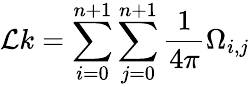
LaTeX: \mathcal{L}k=\sum_{i=0}^{n+1}\sum_{j=0}^{n+1}\frac{1}{4\pi}\Omega_{i,j}